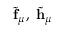
\tilde { \mathbf { f } } _ { \mu } , ~ \tilde { \mathbf { h } } _ { \mu }